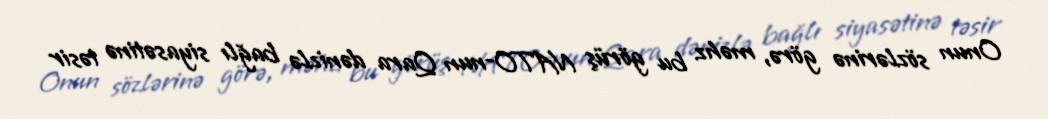
Onun sözlərinə görə, məhz bu görüş NATO-nun Qara dənizlə bağlı siyasətinə təsir